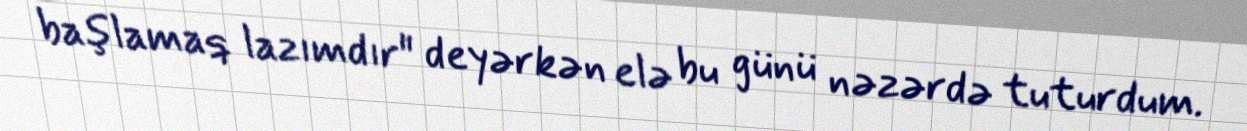
başlamaq lazımdır" deyərkən elə bu günü nəzərdə tuturdum.